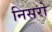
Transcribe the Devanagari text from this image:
निसरो